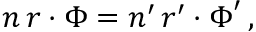
n \, \boldsymbol r \boldsymbol \cdot \boldsymbol \Phi = n ^ { \prime } \, \boldsymbol r ^ { \prime } \boldsymbol \cdot \boldsymbol \Phi ^ { \prime } \, ,